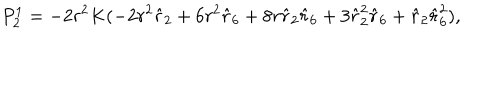
P _ { 2 } ^ { 1 } = - 2 r ^ { 2 } K ( - 2 r ^ { 2 } \hat { r } _ { 2 } + 6 r ^ { 2 } \hat { r } _ { 6 } + 8 r \hat { r } _ { 2 } \hat { r } _ { 6 } + 3 \hat { r } _ { 2 } ^ { 2 } \hat { r } _ { 6 } + \hat { r } _ { 2 } \hat { r } _ { 6 } ^ { 2 } ) ,